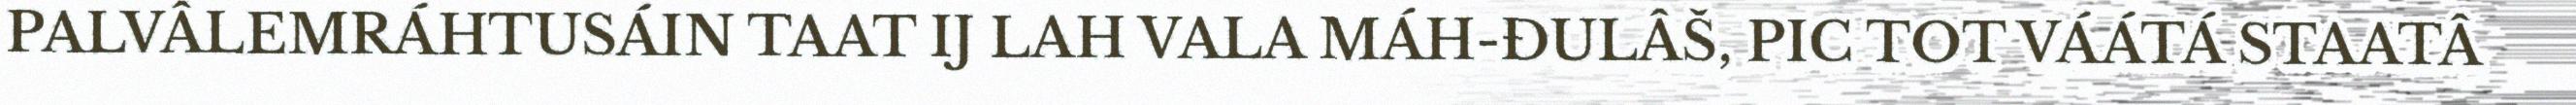
PALVÂLEMRÁHTUSÁIN TAAT IJ LAH VALA MÁH-ĐULÂŠ, PIC TOT VÁÁTÁ STAATÂ